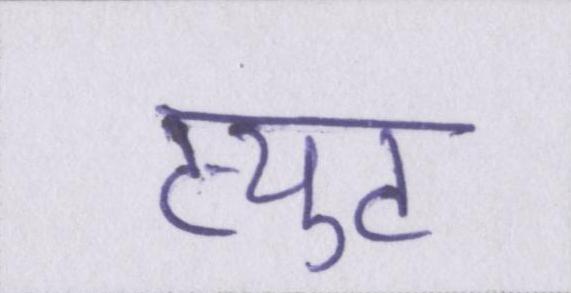
ट्युट